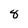
Character: 8